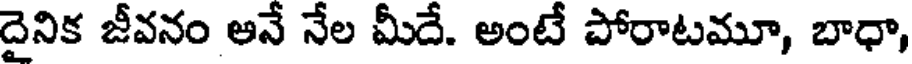
దైనిక జీవనం అనే నేల మీదే. అంటే పోరాటమూ, బాధా,